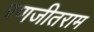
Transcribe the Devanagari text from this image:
रणजीतराम